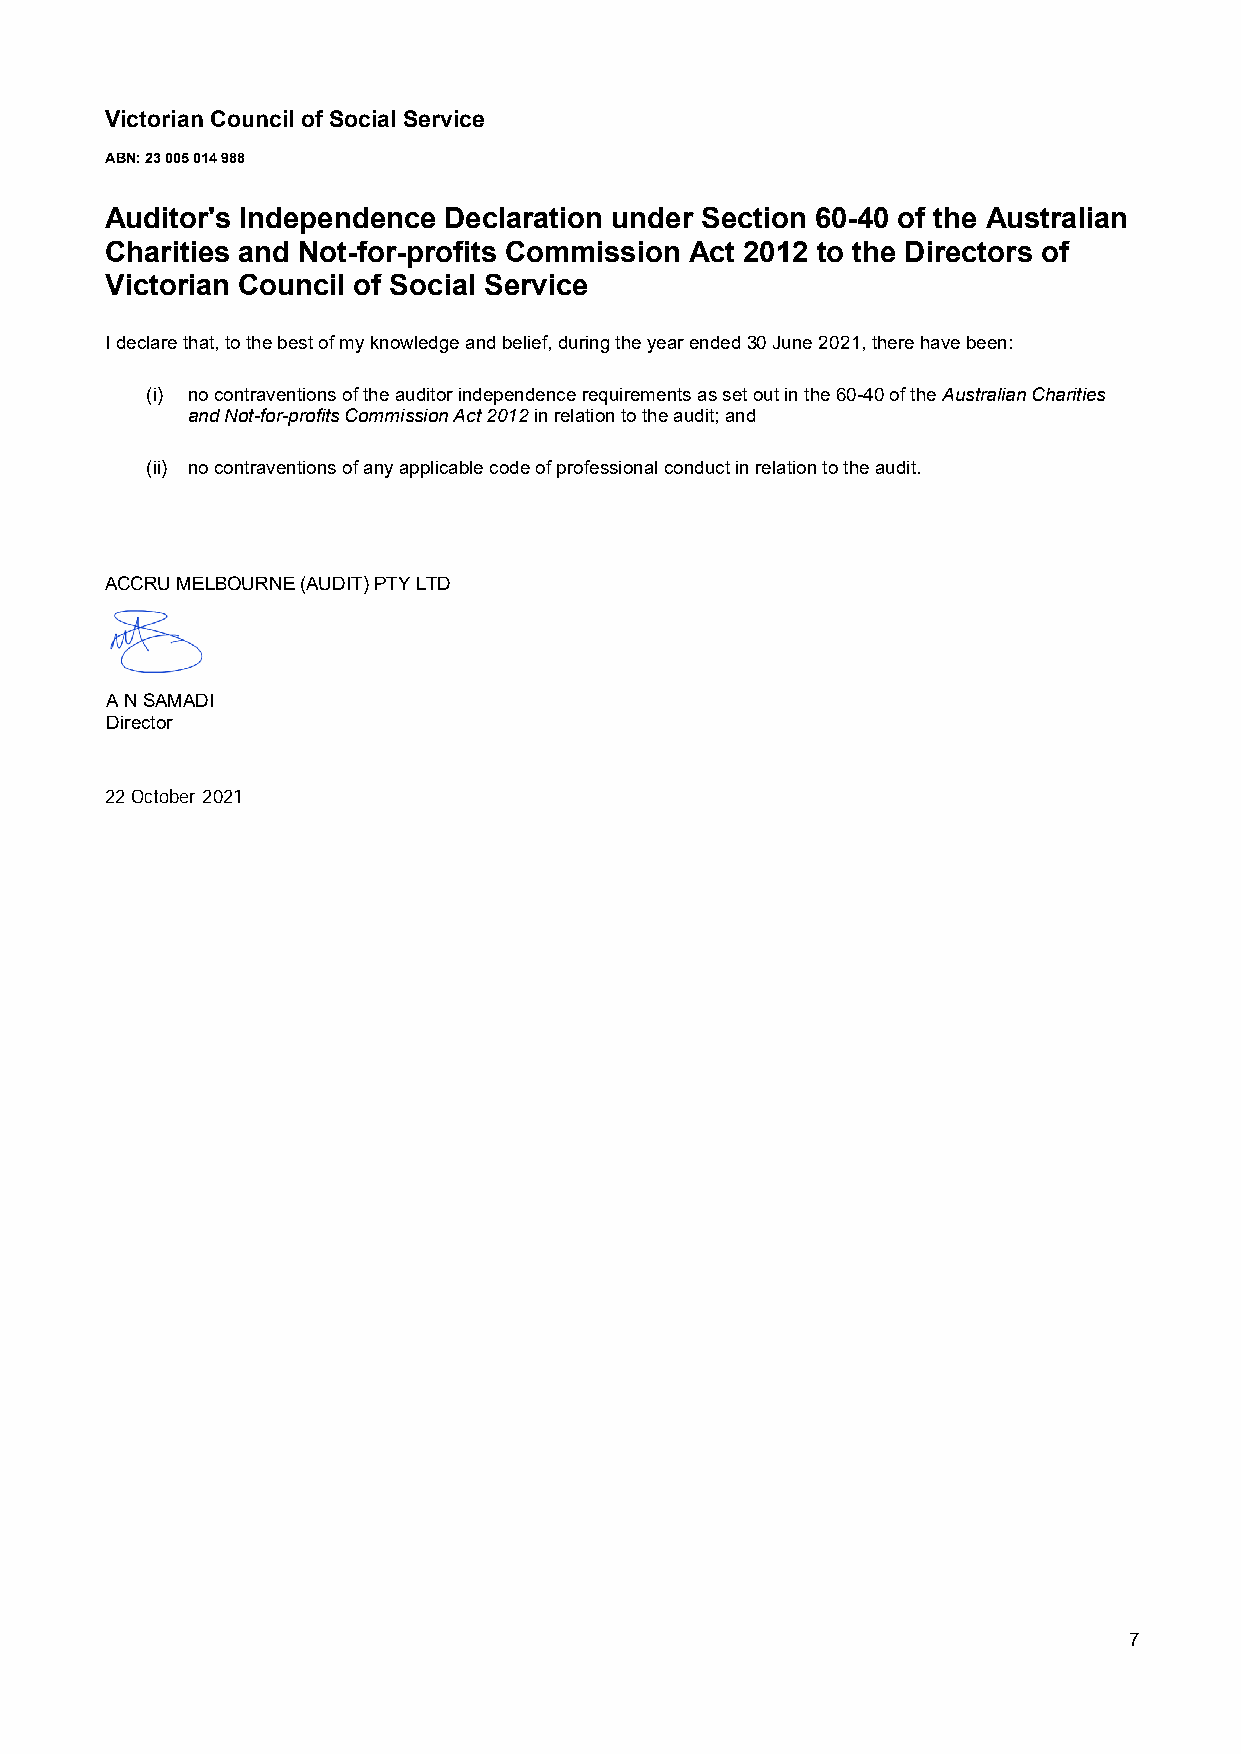
Victorian Council of Social Service
 ABN: 23 005 014 988
 Auditor's Independence Declaration under Section 60-40 of the Australian
 Charities and Not-for-profits Commission Act 2012 to the Directors of
 Victorian Council of Social Service
 I declare that, to the best of my knowledge and belief, during the year ended 30 June 2021, there have been:
 (i) no contraventions of the auditor independence requirements as set out in the 60-40 of the Australian Charities
 and Not-for-profits Commission Act 2012 in relation to the audit; and
 (ii) no contraventions of any applicable code of professional conduct in relation to the audit.
 ACCRU MELBOURNE (AUDIT) PTY LTD
 A N SAMADI
 Director
 22 October 2021
 7